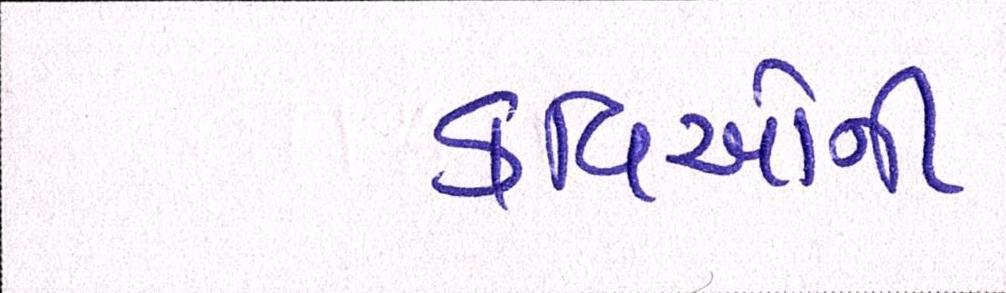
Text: કવિઓની